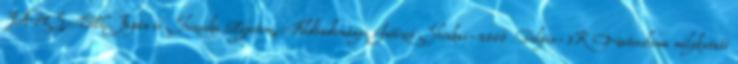
JAMSTEC Japán és Shizuoka Egyetem, Földtudományi Intézet Shinkai-2000 Dolpin-3K Natsushima mélykutató